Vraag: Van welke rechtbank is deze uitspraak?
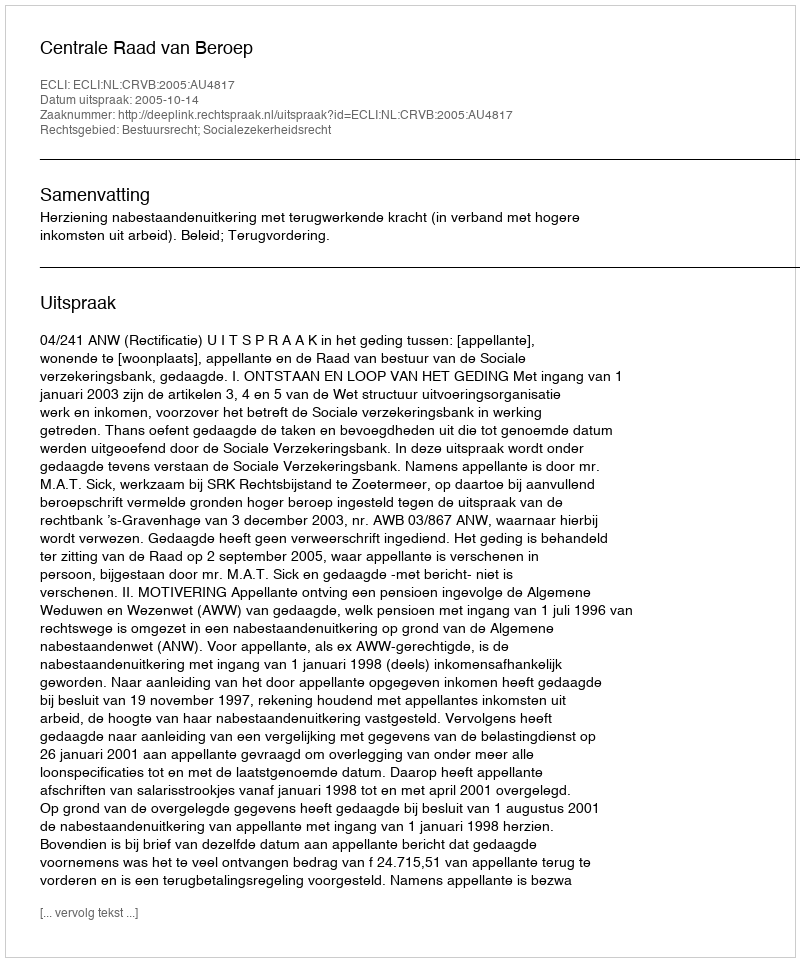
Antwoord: Centrale Raad van Beroep